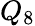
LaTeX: Q_{8}